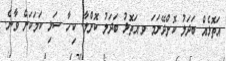
އަތޮޅެއް ބަދަލު ކޮށްދޭނަމަ ވ.އަތޮޅު ބަދަލު ކޮށްލާ. ކިހާ ސަޅި ކަމަކަށް ވާނެ.